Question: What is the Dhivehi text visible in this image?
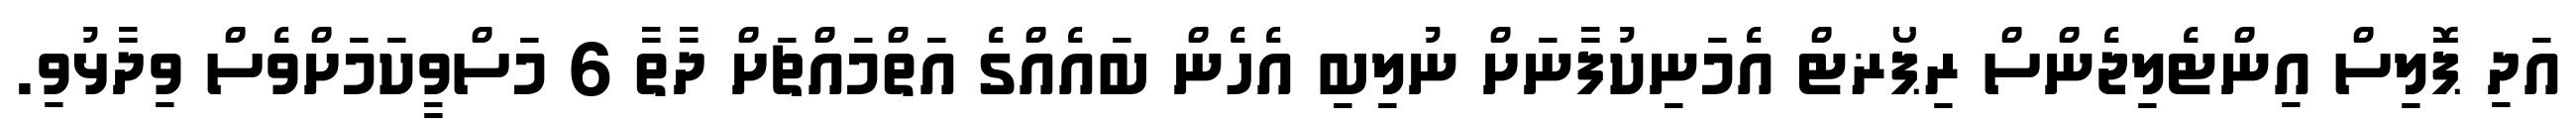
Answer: އަދި ޕޮލިސް އިންޓެލިޖެންސް ރިޕޯޜޓް އެމަނިކުފާނަށް ނުލިބި އެހެން ބައެއްގެ އަތްމައްޗަށް ދާތާ 6 މަސްވީކަމަށްވެސް ވިދާޅުވި.